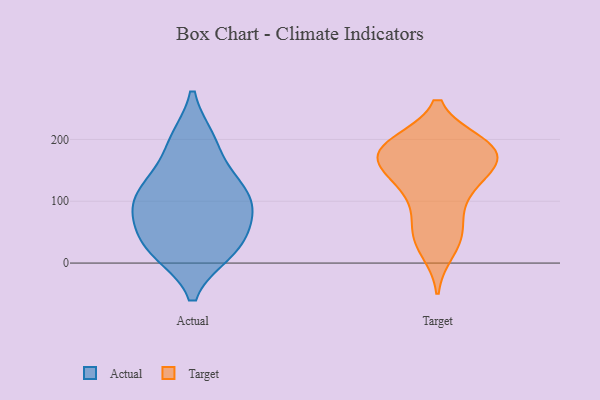
{"axis": {"x": "Budget (USD K)", "y": "Value"}, "legend": ["Actual", "Target"], "data": [{"x": "", "y": 36, "type": "Actual"}, {"x": "", "y": 131, "type": "Actual"}, {"x": "", "y": 199, "type": "Actual"}, {"x": "", "y": 25, "type": "Actual"}, {"x": "", "y": 112, "type": "Actual"}, {"x": "", "y": 83, "type": "Actual"}, {"x": "", "y": 76, "type": "Actual"}, {"x": "", "y": 104, "type": "Actual"}, {"x": "", "y": 18, "type": "Actual"}, {"x": "", "y": 137, "type": "Actual"}, {"x": "", "y": 199, "type": "Actual"}, {"x": "", "y": 80, "type": "Actual"}, {"x": "", "y": 19, "type": "Actual"}, {"x": "", "y": 43, "type": "Target"}, {"x": "", "y": 189, "type": "Target"}, {"x": "", "y": 174, "type": "Target"}, {"x": "", "y": 146, "type": "Target"}, {"x": "", "y": 22, "type": "Target"}, {"x": "", "y": 70, "type": "Target"}, {"x": "", "y": 185, "type": "Target"}, {"x": "", "y": 169, "type": "Target"}, {"x": "", "y": 181, "type": "Target"}, {"x": "", "y": 46, "type": "Target"}, {"x": "", "y": 118, "type": "Target"}, {"x": "", "y": 172, "type": "Target"}, {"x": "", "y": 116, "type": "Target"}, {"x": "", "y": 139, "type": "Target"}, {"x": "", "y": 189, "type": "Target"}, {"x": "", "y": 192, "type": "Target"}]}